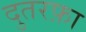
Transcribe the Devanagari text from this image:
दुतरफ़ा